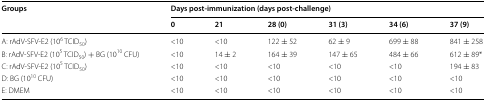
<table><thead><tr><td rowspan="2"><b>Groups</b></td><td colspan="6"><b>Days post-immunization (days post-challenge)</b></td></tr><tr><td><b>0</b></td><td><b>21</b></td><td><b>28 (0)</b></td><td><b>31 (3)</b></td><td><b>34 (6)</b></td><td><b>37 (9)</b></td></tr></thead><tbody><tr><td>A: rAdV-SFV-E2 (10<sup>6</sup> TCID<sub>50</sub>)</td><td>&lt;10</td><td>&lt;10</td><td>122 ± 52</td><td>62 ± 9</td><td>699 ± 88</td><td>841 ± 258</td></tr><tr><td>B: rAdV-SFV-E2 (10<sup>5</sup> TCID<sub>50</sub>) + BG (10<sup>10</sup> CFU)</td><td>&lt;10</td><td>14 ± 2</td><td>164 ± 39</td><td>147 ± 65</td><td>484 ± 66</td><td>612 ± 89*</td></tr><tr><td>C: rAdV-SFV-E2 (10<sup>5</sup> TCID<sub>50</sub>)</td><td>&lt;10</td><td>&lt;10</td><td>&lt;10</td><td>&lt;10</td><td>&lt;10</td><td>194 ± 83</td></tr><tr><td>D: BG (10<sup>10</sup> CFU)</td><td>&lt;10</td><td>&lt;10</td><td>&lt;10</td><td>&lt;10</td><td>&lt;10</td><td>&lt;10</td></tr><tr><td>E: DMEM</td><td>&lt;10</td><td>&lt;10</td><td>&lt;10</td><td>&lt;10</td><td>&lt;10</td><td>&lt;10</td></tr></tbody></table>